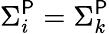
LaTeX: \Sigma_{i}^{\mathsf{P}}=\Sigma_{k}^{\mathsf{P}}